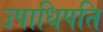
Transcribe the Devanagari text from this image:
उपाधिपति